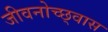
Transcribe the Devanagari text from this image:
जीवनोच्छ्वास